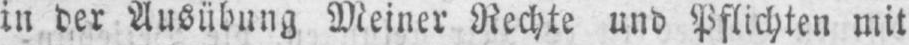
in der Ausübung Meiner Rechte und Pflichten mit